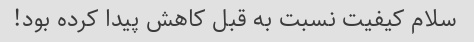
سلام کیفیت نسبت به قبل کاهش پیدا کرده بود!